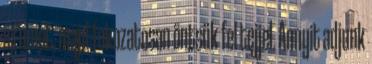
a rumot, majd fokozatosan öntsük fel tejjel. Annyit adjunk